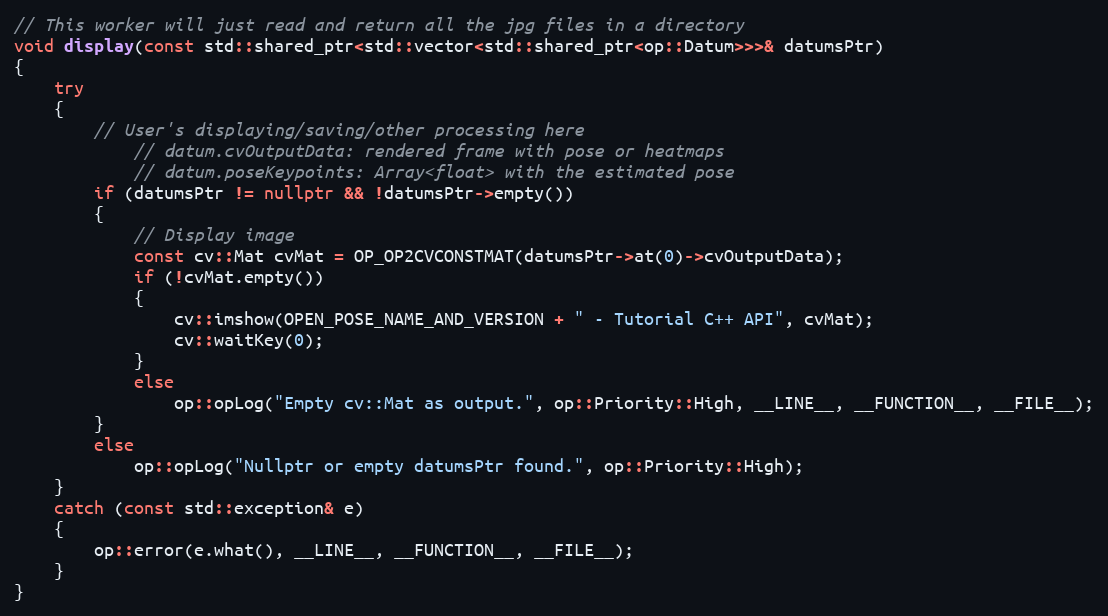
Language: C++
// This worker will just read and return all the jpg files in a directory
void display(const std::shared_ptr<std::vector<std::shared_ptr<op::Datum>>>& datumsPtr)
{
    try
    {
        // User's displaying/saving/other processing here
            // datum.cvOutputData: rendered frame with pose or heatmaps
            // datum.poseKeypoints: Array<float> with the estimated pose
        if (datumsPtr != nullptr && !datumsPtr->empty())
        {
            // Display image
            const cv::Mat cvMat = OP_OP2CVCONSTMAT(datumsPtr->at(0)->cvOutputData);
            if (!cvMat.empty())
            {
                cv::imshow(OPEN_POSE_NAME_AND_VERSION + " - Tutorial C++ API", cvMat);
                cv::waitKey(0);
            }
            else
                op::opLog("Empty cv::Mat as output.", op::Priority::High, __LINE__, __FUNCTION__, __FILE__);
        }
        else
            op::opLog("Nullptr or empty datumsPtr found.", op::Priority::High);
    }
    catch (const std::exception& e)
    {
        op::error(e.what(), __LINE__, __FUNCTION__, __FILE__);
    }
}